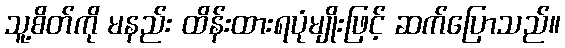
သူ့စိတ်ကို မနည်း ထိန်းထားရပုံမျိုးဖြင့် ဆက်ပြောသည်။